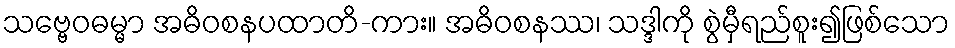
သဗ္ဗေဝဓမ္မာ အဓိဝစနပထာတိ-ကား။ အဓိဝစနဿ၊ သဒ္ဒါကို စွဲမှီရည်စူး၍ဖြစ်သော